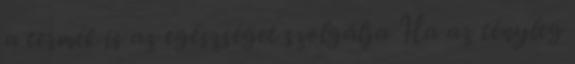
a termék is az egészséget szolgálja Ha az tényleg